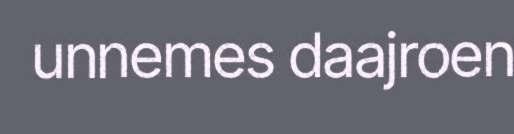
unnemes daajroen